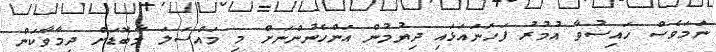
ނަމަވެސް ހައިޟުވާ އުމުރު ފަހަނައަޅައި ދިޔުމުން އަންހެނުންނަށް މި މައްސަލަ މާބޮޑަށް ދިމާވާކަން